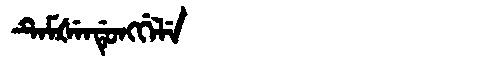
Manchu: ᡨᡝᠮᡧᡝᠨᡩᡠᠩᡤᡝᠯᡝ
Romanization: TEMŠENDUNGGELE